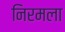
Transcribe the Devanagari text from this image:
निरमला